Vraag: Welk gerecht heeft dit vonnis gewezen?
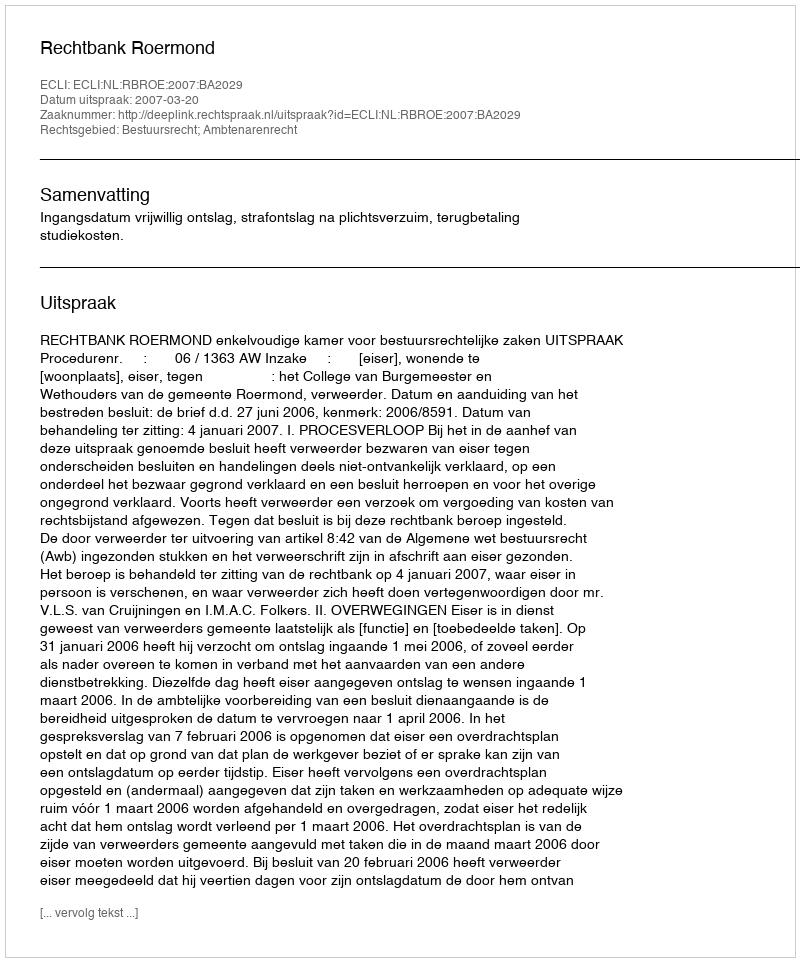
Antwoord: Rechtbank Roermond